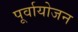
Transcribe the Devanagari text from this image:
पूर्वायोजन